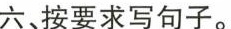
六、按要求写句子。